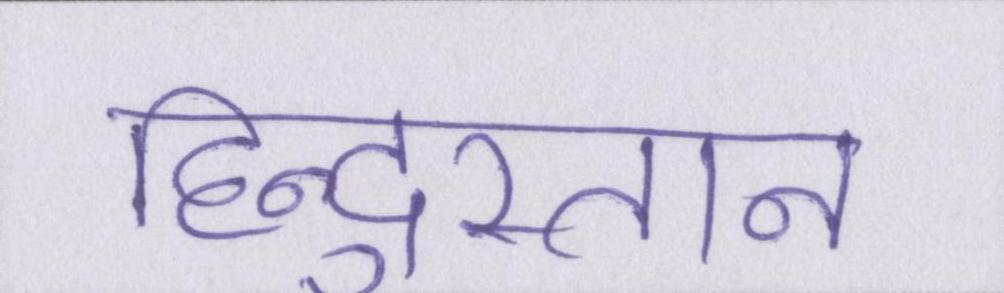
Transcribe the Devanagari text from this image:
हिन्दुस्तान